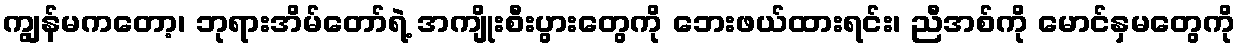
ကျွန်မကတော့၊ ဘုရားအိမ်တော်ရဲ့ အကျိုးစီးပွားတွေကို ဘေးဖယ်ထားရင်း၊ ညီအစ်ကို မောင်နှမတွေကို